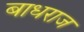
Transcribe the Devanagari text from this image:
बाधराज